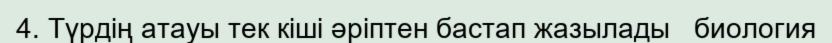
4. Түрдің атауы тек кіші әріптен бастап жазылады   биология